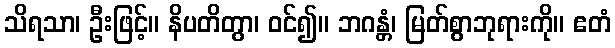
သိရသာ၊ ဦးဖြင့်။ နိပတိတွာ၊ ဝင်၍။ ဘဂန္တံ၊ မြတ်စွာဘုရားကို။ ဧတံ